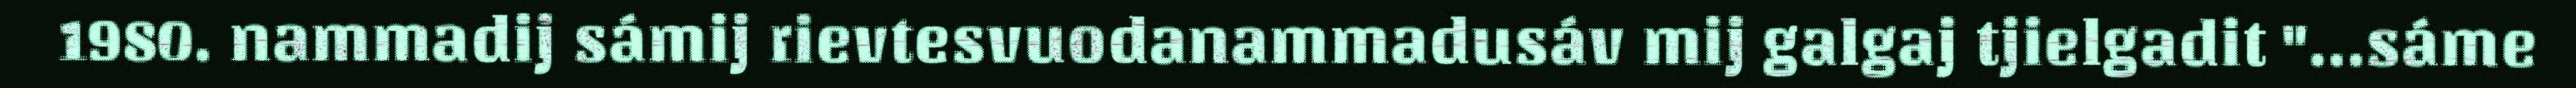
1980. nammadij sámij rievtesvuodanammadusáv mij galgaj tjielgadit "…sáme